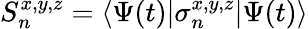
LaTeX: S_{n}^{x,y,z}=\langle\Psi(t)|\sigma_{n}^{x,y,z}|\Psi(t)\rangle